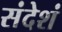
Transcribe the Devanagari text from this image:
संदेशं